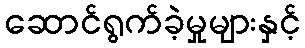
ဆောင်ရွက်ခဲ့မှုများနှင့်